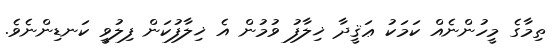
ތިމާގެ މީހުންނެއް ކަމަކު ޢަޤީދާ ޚިލާފު ވުމުން އެ ޚިލާފުކަން ފިލުވީ ކަނޑިންނެވެ.